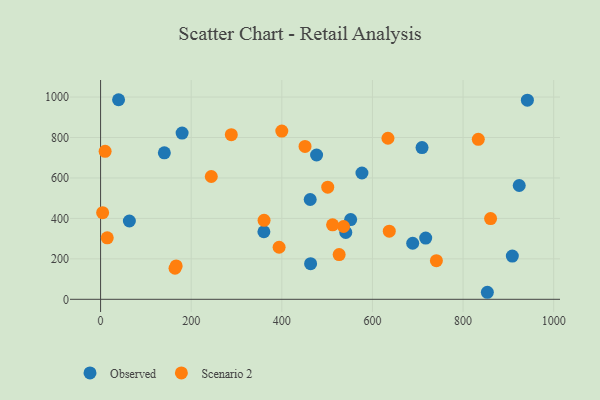
{"axis": {"x": "Ad Spend", "y": "Fuel Efficiency"}, "legend": ["Observed", "Scenario 2"], "data": [{"x": "179.9", "y": 821.9, "type": "Observed"}, {"x": "476.7", "y": 713.4, "type": "Observed"}, {"x": "140.7", "y": 724.4, "type": "Observed"}, {"x": "941.9", "y": 984.8, "type": "Observed"}, {"x": "576.8", "y": 624.4, "type": "Observed"}, {"x": "688.8", "y": 277.2, "type": "Observed"}, {"x": "462.6", "y": 493.4, "type": "Observed"}, {"x": "853.6", "y": 34.8, "type": "Observed"}, {"x": "39.7", "y": 986.8, "type": "Observed"}, {"x": "360.4", "y": 334.1, "type": "Observed"}, {"x": "63.5", "y": 387.2, "type": "Observed"}, {"x": "717.5", "y": 302.6, "type": "Observed"}, {"x": "908.7", "y": 214.0, "type": "Observed"}, {"x": "463.5", "y": 176.0, "type": "Observed"}, {"x": "541.1", "y": 330.7, "type": "Observed"}, {"x": "923.9", "y": 562.7, "type": "Observed"}, {"x": "709.4", "y": 750.4, "type": "Observed"}, {"x": "551.9", "y": 394.1, "type": "Observed"}, {"x": "164.3", "y": 153.6, "type": "Scenario 2"}, {"x": "14.7", "y": 303.9, "type": "Scenario 2"}, {"x": "833.6", "y": 791.0, "type": "Scenario 2"}, {"x": "244.3", "y": 607.2, "type": "Scenario 2"}, {"x": "451.2", "y": 755.8, "type": "Scenario 2"}, {"x": "399.9", "y": 831.9, "type": "Scenario 2"}, {"x": "741.1", "y": 190.9, "type": "Scenario 2"}, {"x": "536.2", "y": 359.9, "type": "Scenario 2"}, {"x": "860.7", "y": 399.0, "type": "Scenario 2"}, {"x": "4.5", "y": 428.6, "type": "Scenario 2"}, {"x": "501.3", "y": 554.3, "type": "Scenario 2"}, {"x": "360.8", "y": 390.4, "type": "Scenario 2"}, {"x": "512.0", "y": 368.1, "type": "Scenario 2"}, {"x": "526.5", "y": 221.2, "type": "Scenario 2"}, {"x": "288.5", "y": 813.9, "type": "Scenario 2"}, {"x": "394.0", "y": 257.3, "type": "Scenario 2"}, {"x": "637.1", "y": 336.7, "type": "Scenario 2"}, {"x": "10.0", "y": 731.6, "type": "Scenario 2"}, {"x": "166.8", "y": 165.2, "type": "Scenario 2"}, {"x": "634.2", "y": 796.4, "type": "Scenario 2"}]}